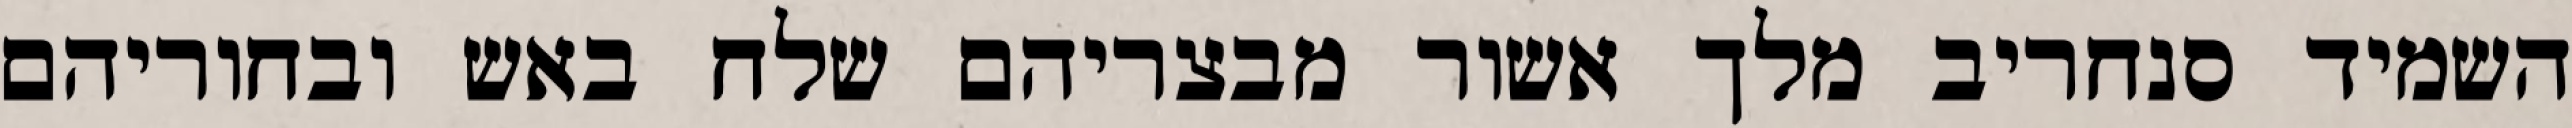
השמיד סנחריב מלך אשור מבצריהם שלח באש ובחוריהם